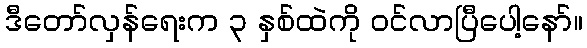
ဒီတော်လှန်ရေးက ၃ နှစ်ထဲကို ဝင်လာပြီပေါ့နော်။